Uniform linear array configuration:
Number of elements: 32
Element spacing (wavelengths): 0.75
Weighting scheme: binomial
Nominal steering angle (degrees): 0
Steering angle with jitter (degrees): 0.2791
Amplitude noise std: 0.05
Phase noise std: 0.05

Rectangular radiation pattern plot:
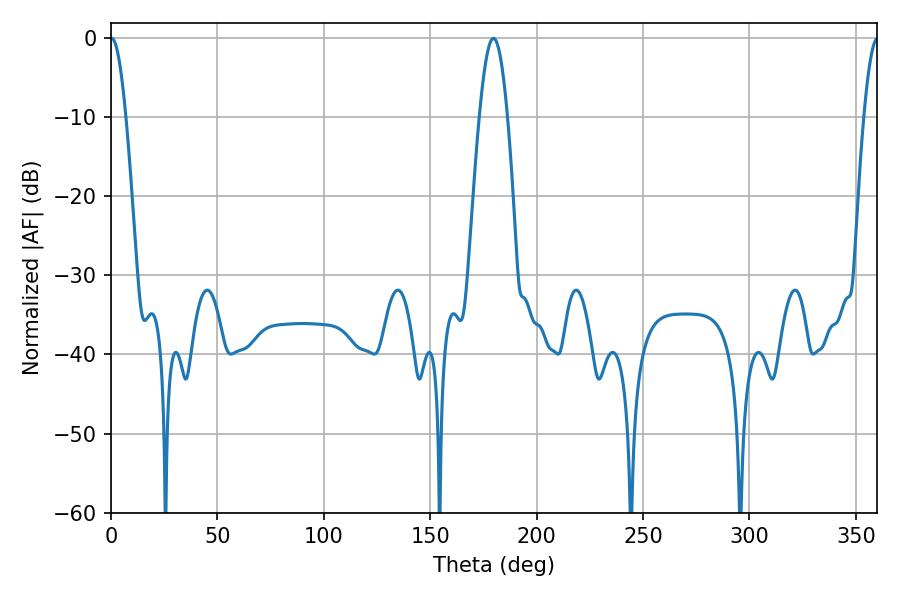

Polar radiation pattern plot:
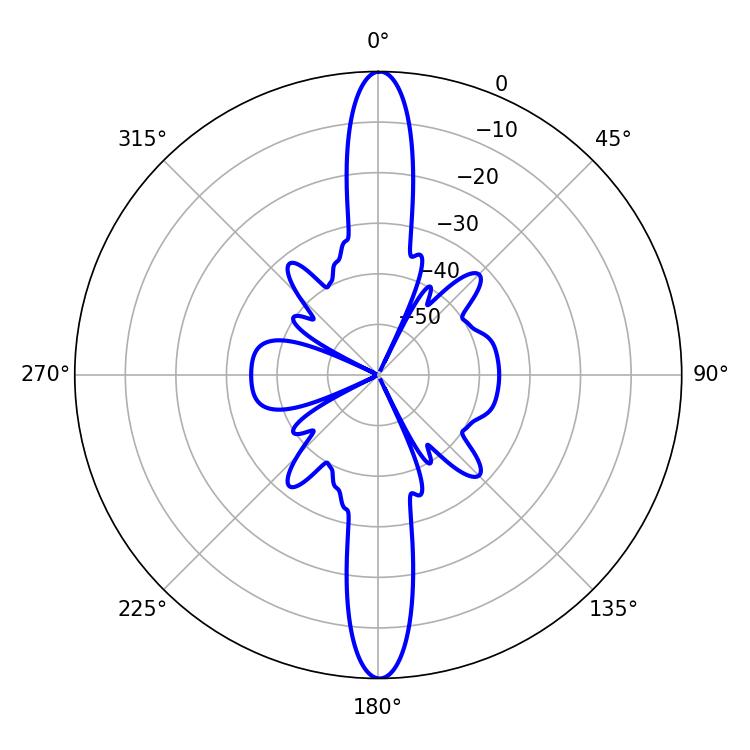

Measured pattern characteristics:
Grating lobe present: TRUE
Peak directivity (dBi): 31.028
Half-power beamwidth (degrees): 7.02
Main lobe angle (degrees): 179.64